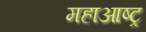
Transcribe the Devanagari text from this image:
महाआष्ट्र